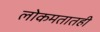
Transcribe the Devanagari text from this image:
लोकमतातही